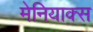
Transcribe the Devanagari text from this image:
मेनियाक्स